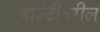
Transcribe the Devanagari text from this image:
बाउंटीवरील